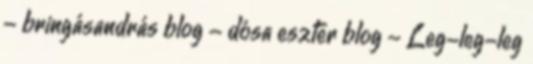
- bringásandrás blog - dósa eszter blog - Leg-leg-leg